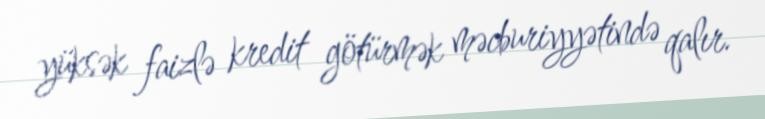
yüksək faizlə kredit götürmək məcburiyyətində qalır.